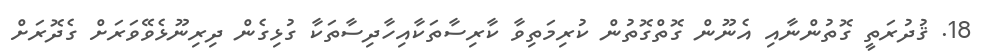
18. ޤުދުރަތީ ގޮތުންނާއި އެނޫން ގޮތްގޮތުން ކުރިމަތިވާ ކާރިސާތަކާއިހާދިސާތަކާ ގުޅިގެން ދިރިނޫޅެވޭވަރަށް ގެދޮރަށް